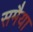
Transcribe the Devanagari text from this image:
समैया